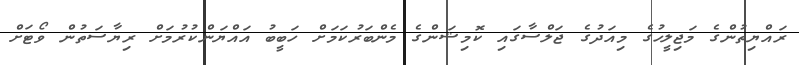
ރައްޔިތުންގެ މަޖިލީހުގެ މިއަދުގެ ޖަލްސާގައި ކޮމިޝަންގެ މެންބަރުކަމަށް ހަބީބު އައްޔަންކުރުމަށް ރިޔާސަތުން ވޯޓަށް